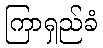
ကြာရှည်ခံ